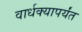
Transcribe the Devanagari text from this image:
वार्धक्यापर्यंत